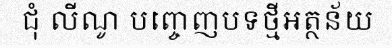
ជុំ លីណូ បញ្ចេញបទថ្មីអត្ថន័យ